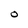
Character: O